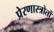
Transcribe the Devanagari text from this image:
प्रेरणास्त्रोतों